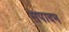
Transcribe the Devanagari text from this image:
सपादन